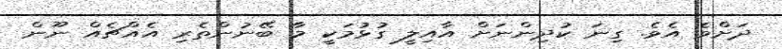
ދަށްވެ އެވެ. ގިނަ ކުދިންނަށް އާއިލީ ގުޅުމަކީ މާ ބޭނުންތެރި އެއްޗެއް ނޫން